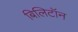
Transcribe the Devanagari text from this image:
बिलिटॉन